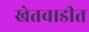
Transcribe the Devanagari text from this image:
खेतवाडीत